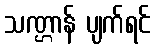
သဏ္ဌာန် ပျက်ရင်